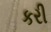
કરી